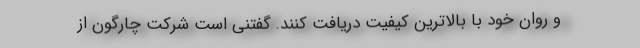
و روان خود با بالاترین کیفیت دریافت کنند. گفتنی است شرکت چارگون از